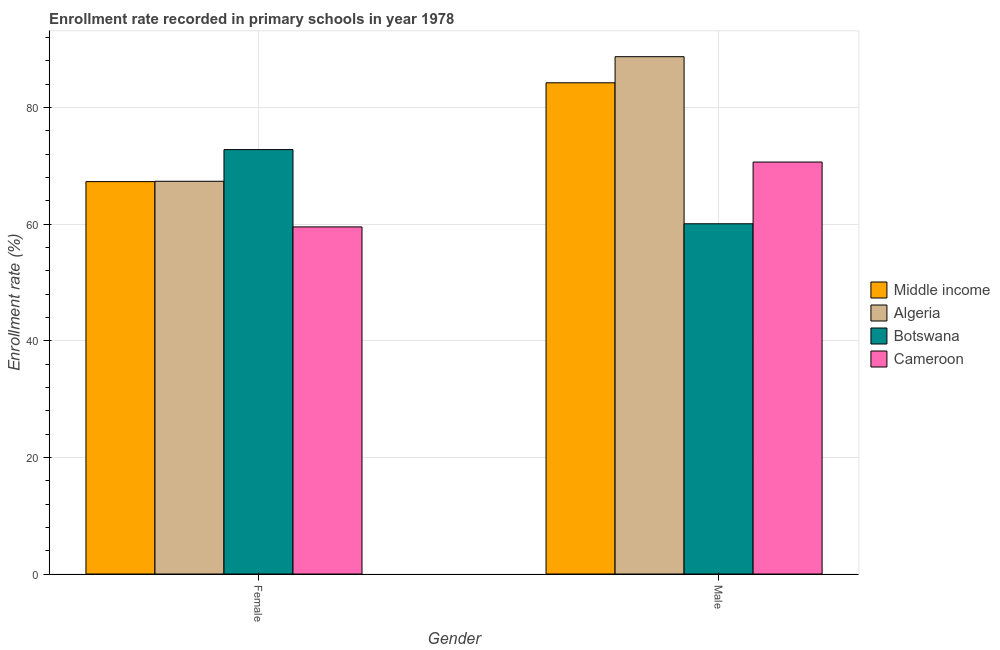
| Gender | Middle income | Algeria | Botswana | Cameroon |
 | --- | --- | --- | --- | --- |
 | Female | 67.3 | 67.3 | 72.8 | 59.5 |
 | Male | 84.2 | 88.7 | 60.1 | 70.6 |